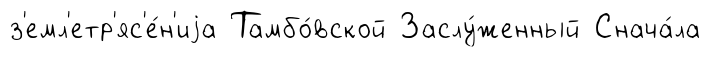
з'емл'етр'яс'е́н'иjа Тамбо́вской Заслу́женный Снача́ла